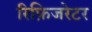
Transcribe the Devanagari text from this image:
रिफ़िजरेटर